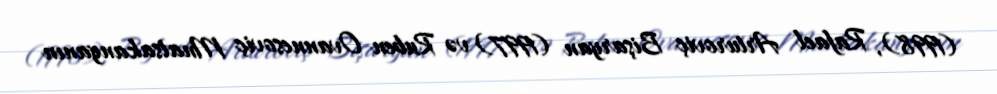
(1998), Rafael Arturoviç Bişaryan (1997) və Ruben Ovannesoviç Mnatsakanyanın